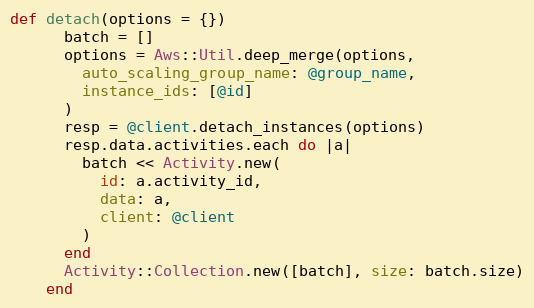
Language: Ruby
def detach(options = {})
      batch = []
      options = Aws::Util.deep_merge(options,
        auto_scaling_group_name: @group_name,
        instance_ids: [@id]
      )
      resp = @client.detach_instances(options)
      resp.data.activities.each do |a|
        batch << Activity.new(
          id: a.activity_id,
          data: a,
          client: @client
        )
      end
      Activity::Collection.new([batch], size: batch.size)
    end